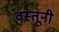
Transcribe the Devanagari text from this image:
वस्तूनी